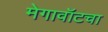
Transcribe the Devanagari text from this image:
मेगावॉटचा